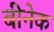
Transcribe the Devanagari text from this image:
बीनेक